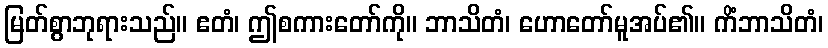
မြတ်စွာဘုရားသည်။ ဧတံ၊ ဤစကားတော်ကို။ ဘာသိတံ၊ ဟောတော်မူအပ်၏။ ကိံဘာသိတံ၊